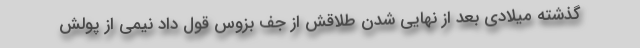
گذشته میلادی بعد از نهایی شدن طلاقش از جف بزوس قول داد نیمی از پولش